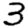
Digit: 3